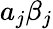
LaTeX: a_{j}\beta_{j}